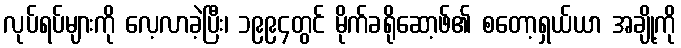
လုပ်ရပ်များကို လေ့လာခဲ့ပြီး၊ ၁၉၉၄တွင် မိုက်ခရိုဆော့ဖ်၏ စတော့ရှယ်ယာ အချို့ကို